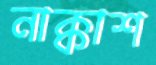
নাক্কাশ